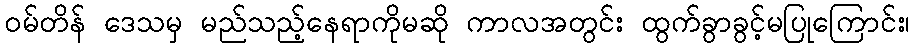
ဝမ်တိန် ဒေသမှ မည်သည့်နေရာကိုမဆို ကာလအတွင်း ထွက်ခွာခွင့်မပြုကြောင်း၊